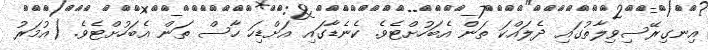
އިނގިރޭސިވިލާތުގައި ދެލައްކަ ތަން އެބަހުށްޓެވެ. ކެނެޑާގައި އަށްޑިހަ ހާސް ތަން އެބަހުށްޓެވެ. (އުމަރު